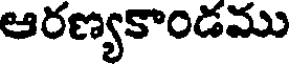
ఆరణ్యకాండము